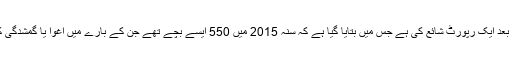
پولیس نے عوام کے احتجاج کے بعد ایک رپورٹ شائع کی ہے جس میں بتایا گیا ہے کہ سنہ 2015 میں 550 ایسے بچے تھے جن کے بارے میں اغوا یا گمشدگی کی رپورٹ درج کرائی گئی تھی۔